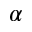
\alpha